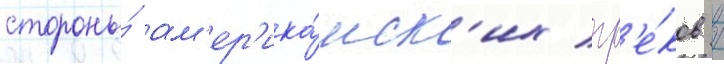
стороны́ ам'ер'ика́нск'их гр'е́ков /